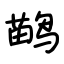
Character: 鹋